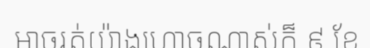
អាចរត់យ៉ាងហោចណាស់ក៏ ៩ ខែ